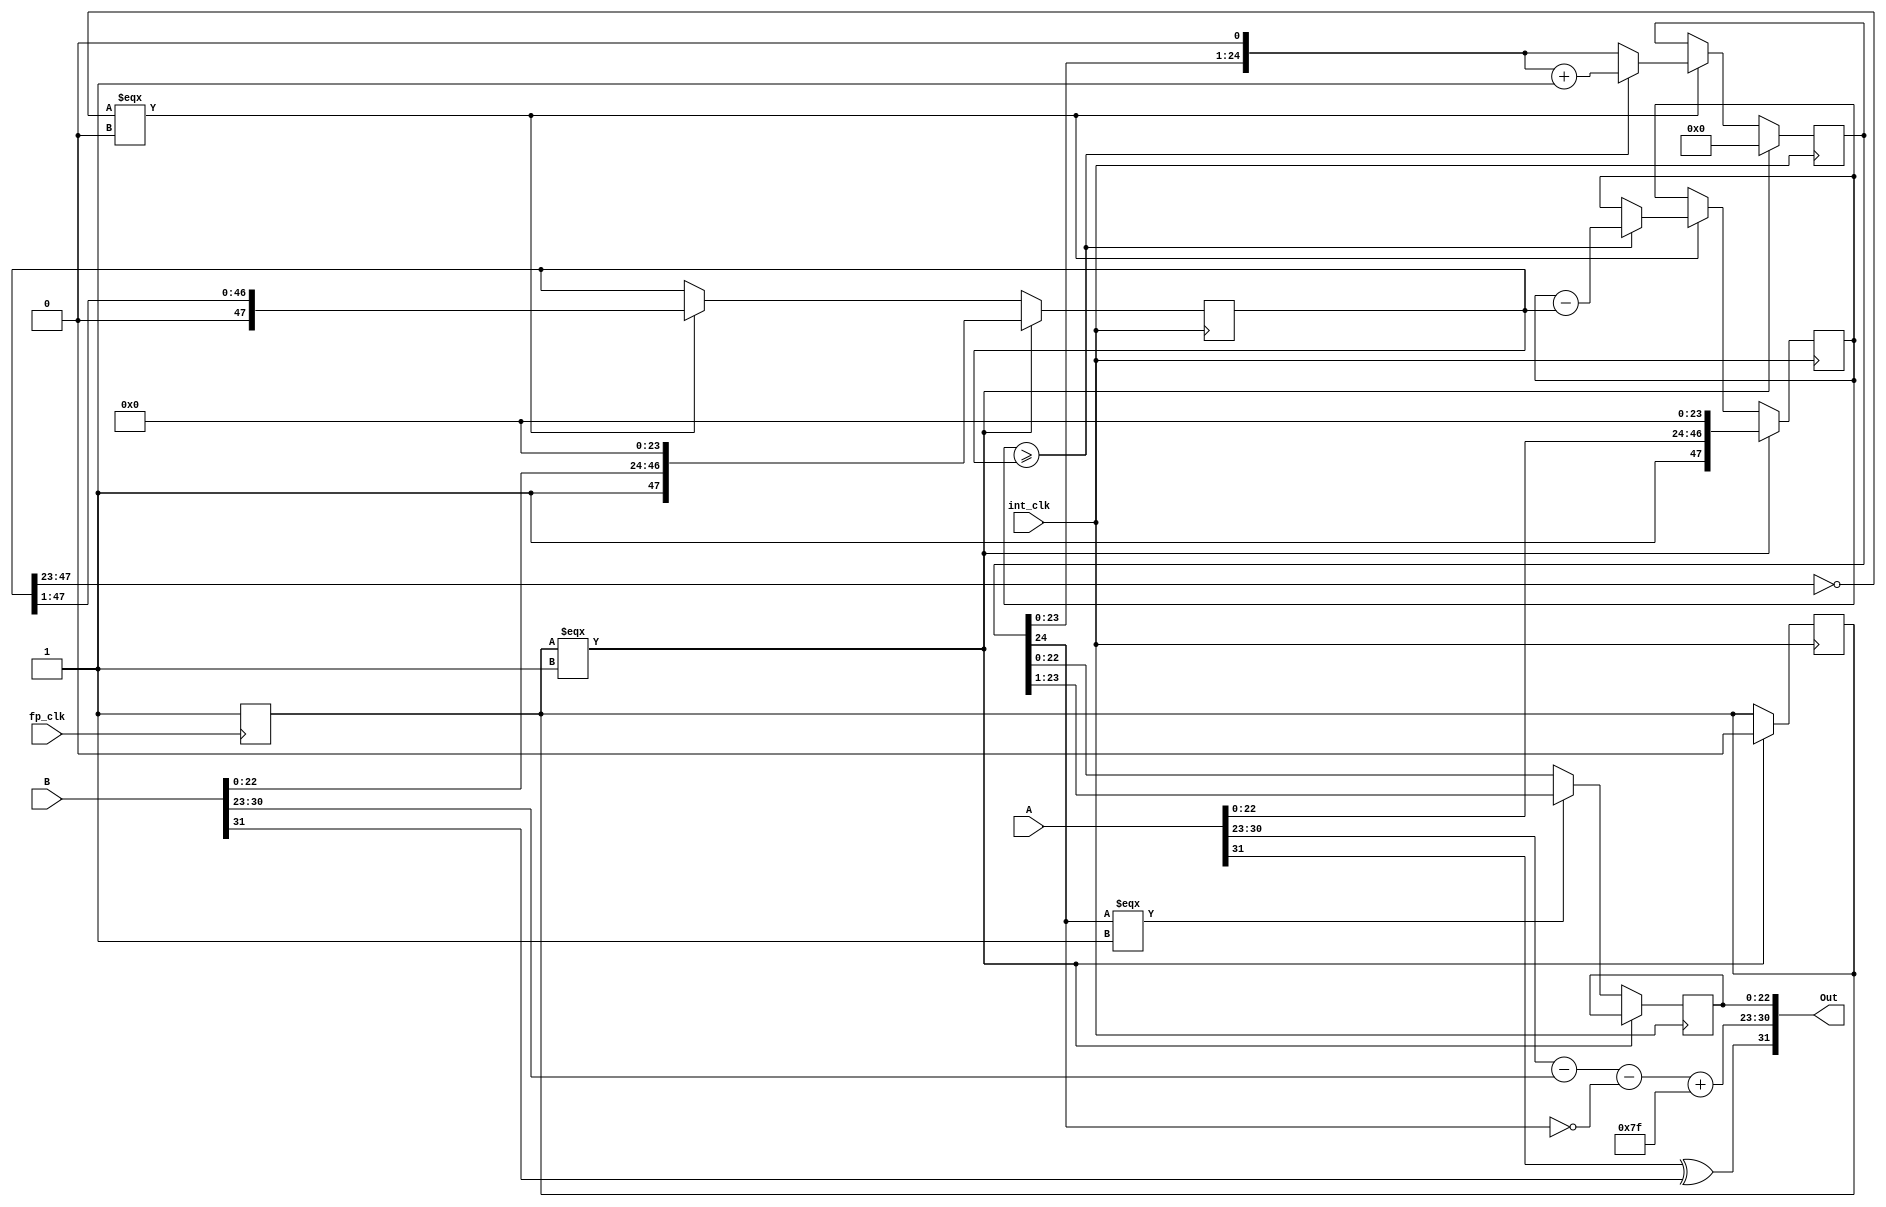
module fp_divider
(
  input [31:0] A, B,
  input fp_clk,
  output[31:0] Out,
  input int_clk
);

//decode wires
wire a_sign, b_sign;
wire not_msb_Q;
wire[7:0] a_exp, b_exp;
wire[22:0] a_frac, b_frac;
//calculation regs
reg start;
wire zero;
reg[47:0] b_reg, a_reg;
reg[24:0] Q;
//out wires
reg[22:0] out_frac;
wire[7:0] out_exp;
wire out_sign;

//decode the inputs
assign a_sign = A[31];
assign b_sign = B[31];
assign a_exp = A[30:23];
assign b_exp = B[30:23];
assign a_frac = A[22:0];
assign b_frac = B[22:0];


always @(posedge fp_clk) begin
  start <= 1'b1;
end

assign zero = (b_reg[47:23] == 2'b0);

//calculate the quotient Q = A/B (timed to int_clk) by subtracting powers of the denominator B
always @(posedge int_clk) begin
  if (start === 1) begin //Set initial values
    start <= 0;
    b_reg <= {1'b1, b_frac, 24'b0}; //
    a_reg <= {1'b1, a_frac, 24'b0}; //a_reg holds the remainder
    Q <= 0;
  end
  else begin
    if (zero === 0) begin //Check that the denominator hasn't bottomed out, which signals the end of the division.
      if(a_reg >= b_reg) begin
        a_reg <= a_reg - b_reg;
	      Q <= (Q << 1) + 1; //Make space for the next digit of the quotient
      end
      else begin
	      Q <= Q << 1;
      end
      b_reg <= (b_reg >> 1); //right shift divides by two
    end
    //ending sequence, assign frac out and the exponent
    if (Q[24]===1) begin
	    out_frac <= Q[23:1];
    end
    else begin
	    out_frac <= Q[22:0];
    end
  end
end

assign not_msb_Q = ~Q[24];


assign out_exp = a_exp - b_exp - not_msb_Q + 8'd127;

assign out_sign = a_sign ^ b_sign;

// xor sign(out_sign, a_sign, b_sign);
//Concatenate the output values
assign Out = {out_sign, out_exp, out_frac};

endmodule